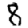
Digit: 8